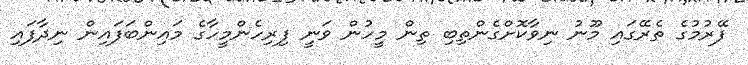
ފޭރުމުގެ ތެރޭގައި މޫނު ނިވާކޮށްގެންތިިބި ތިން މީހުން ވަނީ ފިރިހެންމީހާގެ މައިންބަފައިން ނިދާފައި